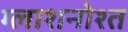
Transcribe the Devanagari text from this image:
ग्लाशनोश्त